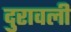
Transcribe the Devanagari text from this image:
दुरावली